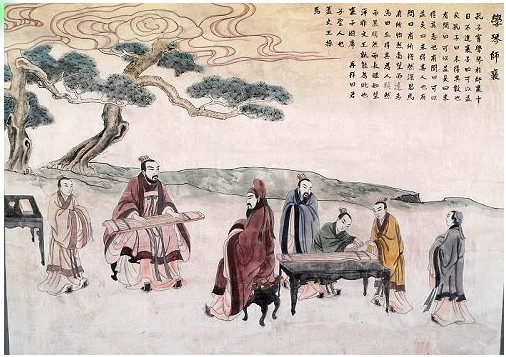
君子不动而敬，不言而信。